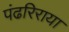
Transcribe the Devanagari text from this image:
पंढरिराया